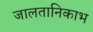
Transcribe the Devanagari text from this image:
जालतानिकाभ